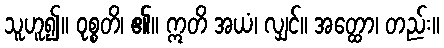
သူဟူ၍။ ဝုစ္စတိ၊ ၏။ ဣတိ အယံ၊ လျှင်။ အတ္ထော၊ တည်း။